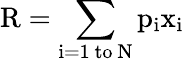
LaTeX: {\mathrm{R}}=\sum_{\mathrm{i=1~to~N}}{\mathrm{p}}_{\mathrm{i}}{\mathrm{x}}_{\mathrm{i}}